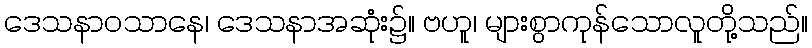
ဒေသနာဝသာနေ၊ ဒေသနာအဆုံး၌။ ဗဟူ၊ များစွာကုန်သောလူတို့သည်။